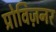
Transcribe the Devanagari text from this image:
प्रोविज़नर